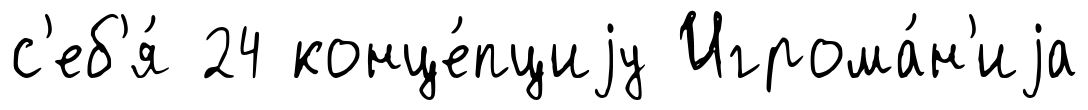
с'еб'я́ 24 конце́пциjу Игрома́н'иjа